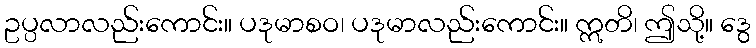
ဥပ္ပလာလည်းကောင်း။ ပဒုမာစဝ၊ ပဒုမာလည်းကောင်း။ ဣတိ၊ ဤသို့။ ဒွေ